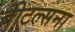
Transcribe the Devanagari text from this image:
बीटल्सना